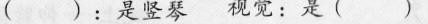
( )：是竖琴 视觉：是( )